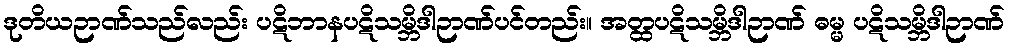
ဒုတိယဉာဏ်သည်လည်း ပဋိဘာနပဋိသမ္ဘိဒါဉာဏ်ပင်တည်း။ အတ္ထပဋိသမ္ဘိဒါဉာဏ် ဓမ္မ ပဋိသမ္ဘိဒါဉာဏ်